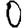
Digit: 0